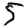
Digit: 5